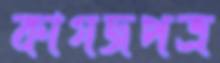
কাগজপত্র